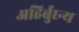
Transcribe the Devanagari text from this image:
अहिर्बुघ्न्य